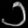
Digit: ၁